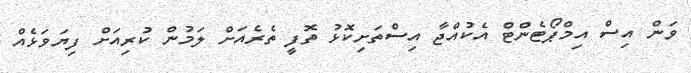
ވަން އިސް އިމްޕޯޓެންޓް އެކުއްޖާ އިސްތަށިކޮޅު ތޮފީ ތެރެއަށް ލަމުން ކުރިއަށް ފިޔަވަޅެއް